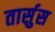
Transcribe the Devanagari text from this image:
तार्सुस